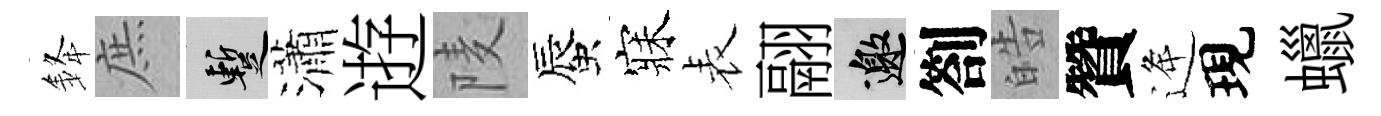
𨦟庶暫瀟逰𨹧蜃寐表翮邀劄皓贊逄現蠟